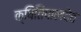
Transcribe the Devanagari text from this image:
क्षितिपालदेव